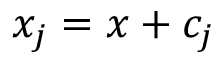
x _ { j } = x + c _ { j }